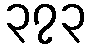
၃၇၃